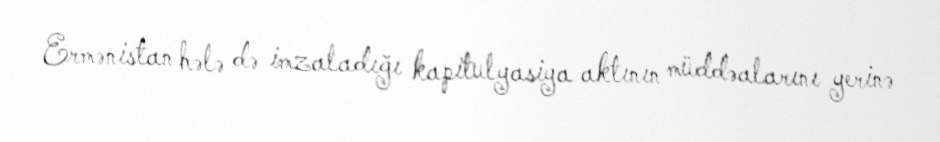
Ermənistan hələ də imzaladığı kapitulyasiya aktının müddəalarını yerinə